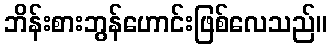
ဘိန်းစားဘွန်ဟောင်းဖြစ်လေသည်။